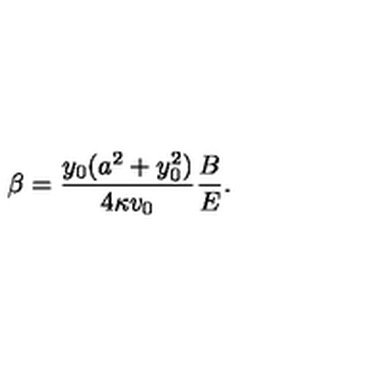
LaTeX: \beta = { \frac { y _ { 0 } ( a ^ { 2 } + y _ { 0 } ^ { 2 } ) } { 4 \kappa v _ { 0 } } } { \frac { B } { E } } .